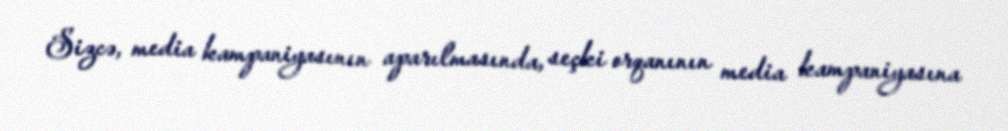
Sizcə, media kampaniyasının aparılmasında, seçki orqanının media kampaniyasına